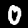
Digit: 0